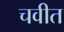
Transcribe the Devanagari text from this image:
चवीत